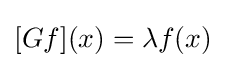
[Gf](x)=\lambda f(x)